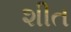
શીત